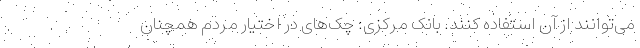
می‌توانند از آن استفاده کنند. بانک مرکزی: چک‌های در اختیار مردم همچنان